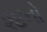
૨૪નો